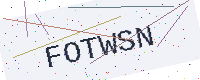
Text: FOTWSN